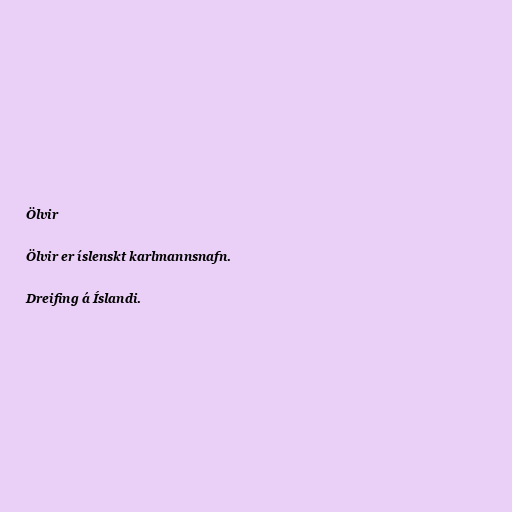
Ölvir

Ölvir er íslenskt karlmannsnafn.

Dreifing á Íslandi.